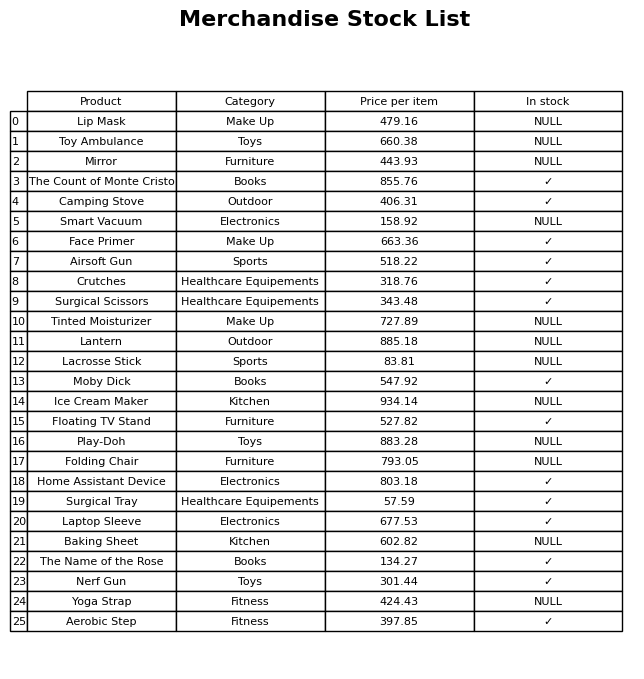
question: What is the price for Floating TV Stand?
answer: The price of Floating TV Stand is 527.82.